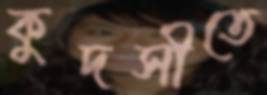
কুদসীতে